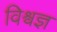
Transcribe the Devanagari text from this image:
विश्वज्ञ